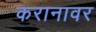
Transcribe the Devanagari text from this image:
करानावर